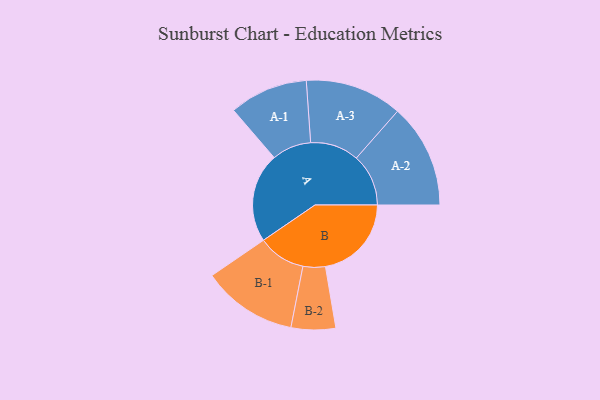
{"axis": {"x": "Segment", "y": "Value"}, "legend": ["", "A", "B"], "data": [{"x": "A", "y": 483, "type": ""}, {"x": "B", "y": 464, "type": ""}, {"x": "A-1", "y": 212, "type": "A"}, {"x": "A-2", "y": 281, "type": "A"}, {"x": "A-3", "y": 262, "type": "A"}, {"x": "B-1", "y": 257, "type": "B"}, {"x": "B-2", "y": 120, "type": "B"}]}